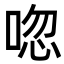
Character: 唿